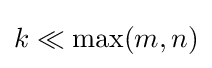
k\ll \max(m,n)